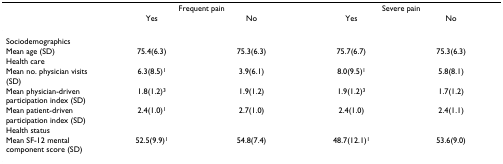
<table><thead><tr><td></td><td colspan="2"><b>Frequent pain</b></td><td colspan="2"><b>Severe pain</b></td></tr><tr><td></td><td><b>Yes</b></td><td><b>No</b></td><td><b>Yes</b></td><td><b>No</b></td></tr></thead><tbody><tr><td>Sociodemographics</td><td></td><td></td><td></td><td></td></tr><tr><td>Mean age (SD)</td><td>75.4(6.3)</td><td>75.3(6.3)</td><td>75.7(6.7)</td><td>75.3(6.3)</td></tr><tr><td>Health care</td><td></td><td></td><td></td><td></td></tr><tr><td>Mean no. physician visits (SD)</td><td>6.3(8.5)<sup>1</sup></td><td>3.9(6.1)</td><td>8.0(9.5)<sup>1</sup></td><td>5.8(8.1)</td></tr><tr><td>Mean physician-driven participation index (SD)</td><td>1.8(1.2)<sup>3</sup></td><td>1.9(1.2)</td><td>1.9(1.2)<sup>3</sup></td><td>1.7(1.2)</td></tr><tr><td>Mean patient-driven participation index (SD)</td><td>2.4(1.0)<sup>1</sup></td><td>2.7(1.0)</td><td>2.4(1.0)</td><td>2.4(1.1)</td></tr><tr><td>Health status</td><td></td><td></td><td></td><td></td></tr><tr><td>Mean SF-12 mental component score (SD)</td><td>52.5(9.9)<sup>1</sup></td><td>54.8(7.4)</td><td>48.7(12.1)<sup>1</sup></td><td>53.6(9.0)</td></tr></tbody></table>